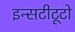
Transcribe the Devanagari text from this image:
इन्सटीटूटो